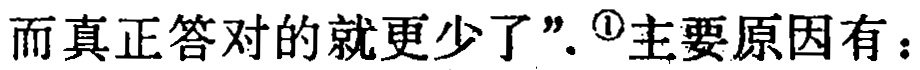
而真正答对的就更少了".\textsuperscript{\textcircled{1}}主要原因有：